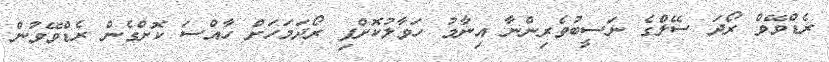
ރެޑްވޭވް ރޯދަ ސޭލްގެ ނަސީބުވެރިންނާ އިނާމު ހަވާލުކޮށްފި ރޯދަމަހަށް ހާއްސަ ކޮށްގެން ރެޑްވޭވުން